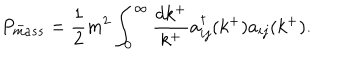
P _ { m a s s } ^ { - } = \frac { 1 } { 2 } m ^ { 2 } \int _ { 0 } ^ { \infty } \frac { d k ^ { + } } { k ^ { + } } a _ { i j } ^ { \dagger } ( k ^ { + } ) a _ { i j } ( k ^ { + } ) .